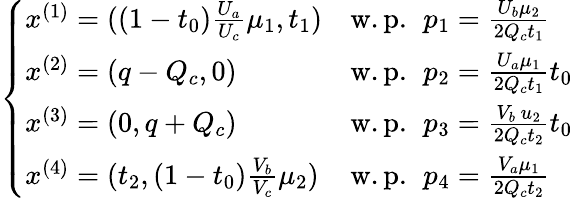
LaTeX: \left\{ \begin{array}{ll}{x^{(1)}=((1-t_{0})\frac{U_{a}}{U_{c}}\mu_{1},t_{1})}&{\mathrm{w.p.~}\, p_{1}=\frac{U_{b}\mu_{2}}{2Q_{c}t_{1}}}\\ {x^{(2)}=(q-Q_{c},0)}&{\mathrm{w.p.~}\, p_{2}=\frac{U_{a}\mu_{1}}{2Q_{c}t_{1}}t_{0}}\\ {x^{(3)}=(0,q+Q_{c})}&{\mathrm{w.p.~}\, p_{3}=\frac{V_{b}\, u_{2}}{2Q_{c}t_{2}}t_{0}}\\ {x^{(4)}=(t_{2},(1-t_{0})\frac{V_{b}}{V_{c}}\mu_{2})}&{\mathrm{w.p.~}\, p_{4}=\frac{V_{a}\mu_{1}}{2Q_{c}t_{2}}}\end{array}\right.\; \;